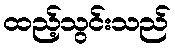
ထည့်သွင်းသည်